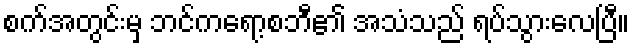
စက်အတွင်းမှ ဘင်ကရော့စဘီ၏ အသံသည် ရပ်သွားလေပြီ။